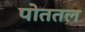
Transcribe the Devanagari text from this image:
पोततल